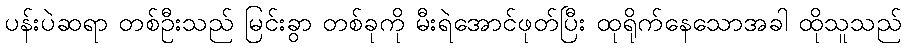
ပန်းပဲဆရာ တစ်ဦးသည် မြင်းခွာ တစ်ခုကို မီးရဲအောင်ဖုတ်ပြီး ထုရိုက်နေသောအခါ ထိုသူသည်